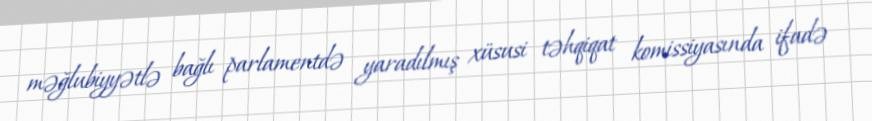
məğlubiyyətlə bağlı parlamentdə yaradılmış xüsusi təhqiqat komissiyasında ifadə